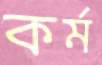
কর্ম